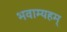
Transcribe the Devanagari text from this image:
भवाम्यहम्